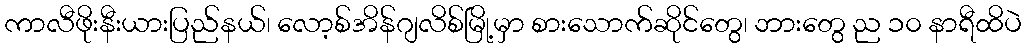
ကာလီဖိုးနီးယားပြည်နယ်၊ လော့စ်အိန်ဂျလိစ်မြို့မှာ စားသောက်ဆိုင်တွေ၊ ဘားတွေ ည ၁၀ နာရီထိပဲ